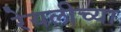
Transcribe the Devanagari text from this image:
रेयलीच्या